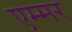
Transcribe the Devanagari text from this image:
एम्मर